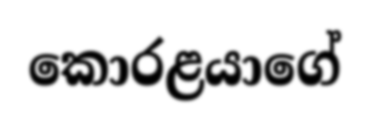
කොරළයාගේ